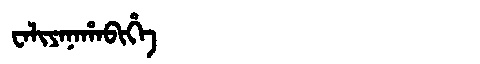
Manchu: ᠸᠠᠯᡳᠶᠠᠨᠠᡥᠠᠪᡳᡥᡝ
Romanization: WALIYANAHABIHE